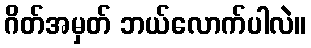
ဂိတ်အမှတ် ဘယ်လောက်ပါလဲ။